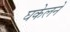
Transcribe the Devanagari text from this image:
घकेलने